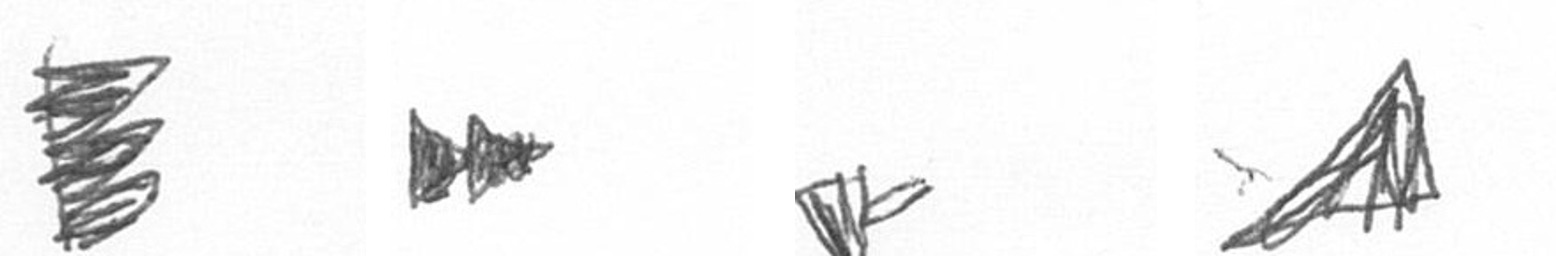
H A F O